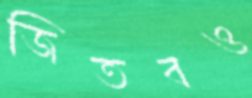
জিতবও